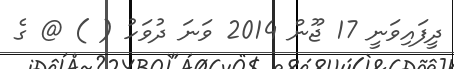
ދީފައިވަނީ 17 ޖޫން 2014 ވަނަ ދުވަހު ( ) @ ގެ